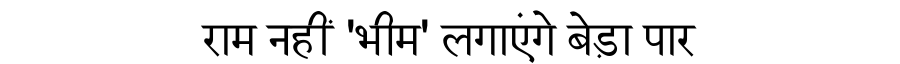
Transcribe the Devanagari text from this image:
राम नहीं 'भीम' लगाएंगे बेड़ा पार